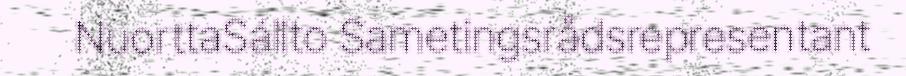
NuorttaSállto Sametingsrådsrepresentant